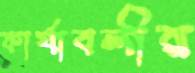
কার্যাবলীর